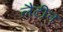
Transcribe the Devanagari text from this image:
लैटीन